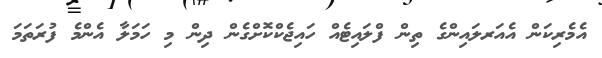
އެމެރިކަން އެއަރލައިންގެ ތިން ފްލައިޓެއް ހައިޖެކްކޮށްގެން ދިން މި ހަމަލާ އެންމެ ފުރަތަމަ